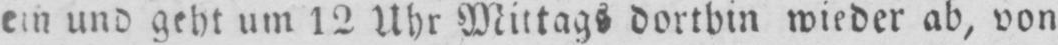
ein und geht um 12 Uhr Mittags dorthin wieder ab, von